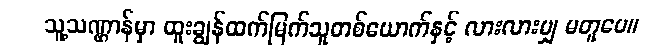
သူ့သဏ္ဌာန်မှာ ထူးချွန်ထက်မြက်သူတစ်ယောက်နှင့် လားလားမျှ မတူပေ။